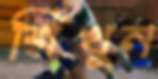
শিখুন